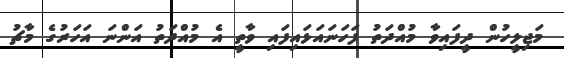
މަޖިލީހުން ދީފައިވާ މުއްދަތު ފަހަނައަޅައިފައި ވާތީ އެ މުއްދަތު އަންނަ އަހަރުގެ މާޗު